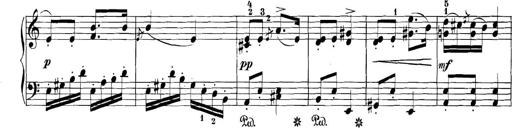
Title: 3 Sonatinas
Composer: Carl Reinecke